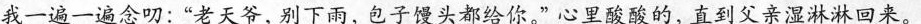
我一遍一遍念叨：”老天爷，别下雨，包子馒头都给你。”心里酸酸的，直到父亲湿淋淋回来。